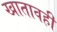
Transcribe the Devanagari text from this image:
खातावही